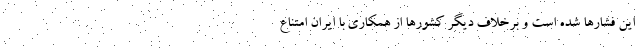
این فشارها شده است و برخلاف دیگر کشورها از همکاری با ایران امتناع